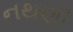
નથણી